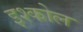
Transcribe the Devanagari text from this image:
इश्कोल